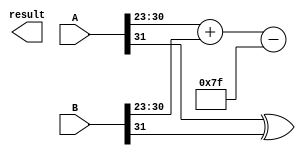
module radix4_fp_multiplier (
    input [31:0] A,    // Single Precision Floating Point A
    input [31:0] B,    // Single Precision Floating Point B
    output reg [31:0] result // Result
);

// Constants for IEEE 754 single precision
localparam EXPONENT_BIAS = 127;

// Intermediate signals
wire signA, signB, sign_result;
wire [7:0] expA, expB, exp_result;
wire [22:0] fracA, fracB, frac_result;

// Extracting sign, exponent, and significand
assign signA = A[31];
assign signB = B[31];
assign expA = A[30:23];
assign expB = B[30:23];
assign fracA = {1'b1, A[22:0]}; // Implicit leading 1
assign fracB = {1'b1, B[22:0]}; // Implicit leading 1

// Sign Calculation
assign sign_result = signA ^ signB;

// Exponent Calculation
assign exp_result = expA + expB - EXPONENT_BIAS;

// Generate Partial Products using Radix-4 Booth's Algorithm
// For simplification, actual partial product generation is not shown here.
// This is a complex part and would depend on how you choose to implement the multiplier.

reg [45:0] partial_product [0:3]; // Assuming we have up to 4 partial products
integer i;

// Booth's encoding for partial products
always @(*) begin
    // Initialize partial products to zero
    for (i = 0; i < 4; i = i + 1) begin
        partial_product[i] = 46'b0;
    end

    // Generate partial products based on Booth's encoding
    // This is a simplified example and you should implement the complete logic
    // Each significant pair is processed, generating 4 partial products
    // A thorough implementation would derive actual values using Booth's algorithm
    
    // Example placeholders (real implementations needed here)
    if (fracA[1:0] == 2'b01) partial_product[0] = {22'b0, fracB}; // +1 -> B
    if (fracA[1:0] == 2'b10) partial_product[1] = {22'b0, -fracB}; // -1 -> -B
    if (fracA[1:0] == 2'b11) partial_product[2] = {22'b0, fracB << 1}; // +2 -> 2B
    // etc...
end

// Partial product accumulation
// This should implement the actual accumulation of partial products
wire [46:0] accumulated; // Final accumulation signal
assign accumulated = partial_product[0] + partial_product[1] + partial_product[2] + partial_product[3];

// Normalization and rounding not implemented for brevity
// This section would include shifting the accumulated result if needed
// and implementing rounding logic based on IEEE 754 standards

// Final output packaging
always @(*) begin
    // Output results likely needs adjustment based on normalization and rounding
    result = {sign_result, exp_result, frac_result[22:0]}; // Simplified for demo purposes
end

endmodule